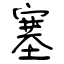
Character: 塞